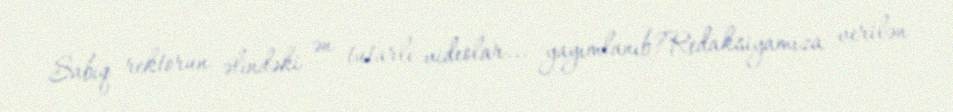
Sabiq rektorun əlindəki ən tutarlı videolar... yayımlanıb?Redaksiyamıza verilən